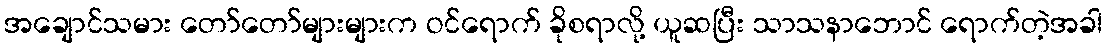
အချောင်သမား တော်တော်များများက ဝင်ရောက် ခိုစရာလို့ ယူဆပြီး သာသနာဘောင် ရောက်တဲ့အခါ